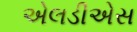
એલડીએસ